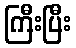
ကြီးပြီး